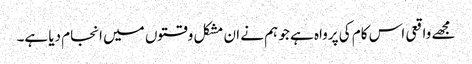
مجھے واقعی اس کام کی پرواہ ہے جو ہم نے ان مشکل وقتوں میں انجام دیا ہے۔